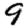
Digit: 9